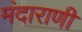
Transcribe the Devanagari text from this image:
मंदाराणी